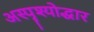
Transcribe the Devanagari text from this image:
अस्पॄश्योद्धार